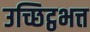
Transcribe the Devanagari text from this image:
उच्छिट्ठभत्त